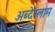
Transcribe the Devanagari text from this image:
अब्देस्लाम